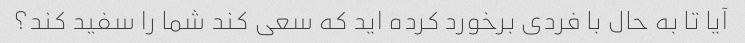
آیا تا به حال با فردی برخورد کرده اید که سعی کند شما را سفید کند؟